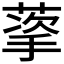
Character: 𬝩